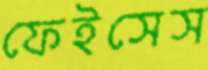
ফেইসেস